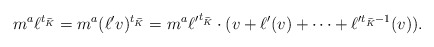
\begin{align*}m^a \ell^{t_{\widetilde K}} = m^a (\ell'v)^{t_{\widetilde K}} = m^a {\ell'}^{t_{\widetilde K}} \cdot (v + \ell'(v) + \dots + \ell'^{t_{\widetilde K} - 1}(v) ).\end{align*}